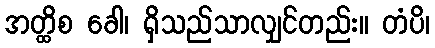
အတ္ထိစ ခေါ၊ ရှိသည်သာလျှင်တည်း။ တံပိ၊